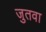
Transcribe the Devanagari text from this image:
जुतवा